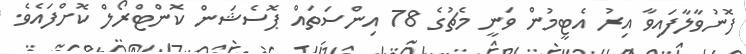
ފޮނުވާލާފައިވާ އިރު އެޓީމުން ވަނީ މެޗުގެ 78 އިންސަތައް ޕޮސެޝަން ކޮންޓްރޯލް ކޮށްފައެވެ.